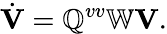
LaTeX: \dot{\mathbf V}=\mathbb{Q}^{vv}\mathbb{W}{\mathbf V}.